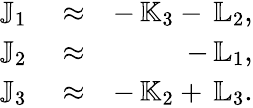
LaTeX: \begin{array}{rlr}{{\mathbb J}_{1}}&{{}\approx}&{-\, {\mathbb K}_{3}-\, {\mathbb L}_{2},}\\ {{\mathbb J}_{2}}&{{}\approx}&{-\, {\mathbb L}_{1},}\\ {{\mathbb J}_{3}}&{{}\approx}&{-\, {\mathbb K}_{2}+\, {\mathbb L}_{3}.}\end{array}